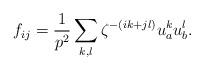
LaTeX: \begin{align*}f_{ij} = {\displaystyle \frac{1}{p^2}\sum_{k,l} \zeta^{-(ik+jl)}u_a^ku_b^l}.\end{align*}